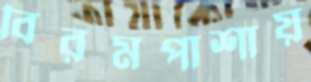
বিরমপাশায়